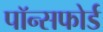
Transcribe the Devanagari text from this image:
पॉन्सफोर्ड